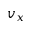
v _ { x }